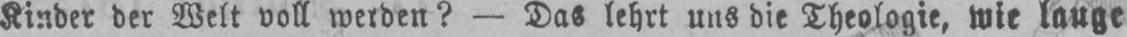
Kinder der Welt voll werden? - Das lehrt uns die Theologie, wie lange